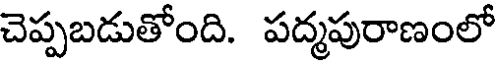
చెప్పబడుతోంది. పద్మపురాణంలో